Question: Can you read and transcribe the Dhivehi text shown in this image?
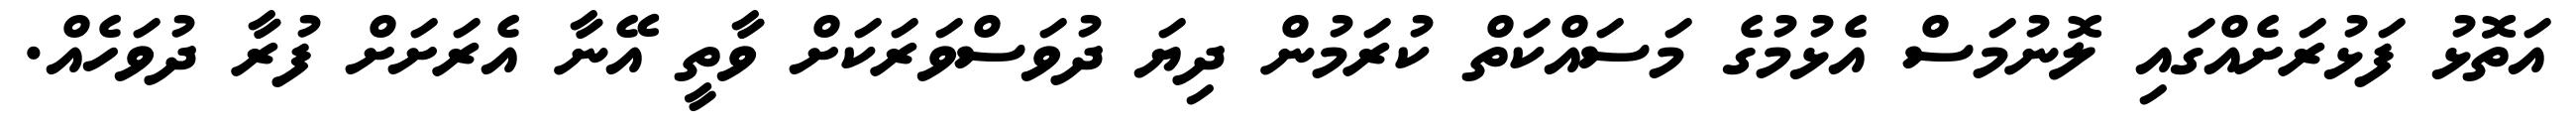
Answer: އަތޮޅު ފަޅުރަށެއްގައި ލޮނުމަސް އެޅުމުގެ މަސައްކަތް ކުރަމުން ދިޔަ ދުވަސްވަރަކަށް ވާތީ އޭނާ އެރަށަށް ފުރާ ދުވަހެއް.